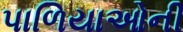
પાળિયાઓની